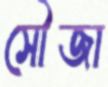
সৌজা